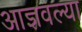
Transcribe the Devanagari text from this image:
आज्ञवल्या